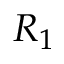
R _ { 1 }